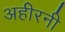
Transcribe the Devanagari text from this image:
अहीरनी